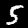
Digit: 5